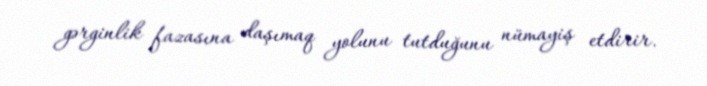
gərginlik fazasına daşımaq yolunu tutduğunu nümayiş etdirir.